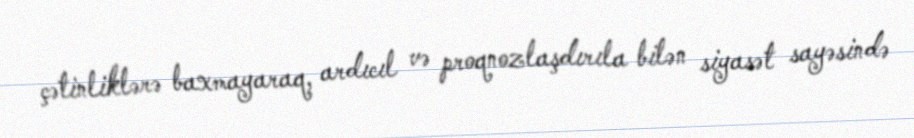
çətinliklərə baxmayaraq, ardıcıl və proqnozlaşdırıla bilən siyasət sayəsində